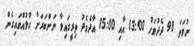
ނުވަތަ 98 ދެދުވަހު 13:00 އާއި 15:00 އާދެމެދު ތިރީގައިވާ ނަންބަރަށް ގުޅުއްވައިގެން